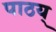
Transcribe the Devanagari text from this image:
पाठय्